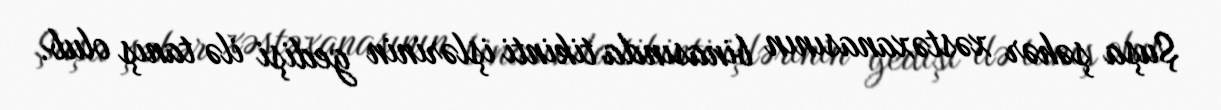
Şuşa şəhər xəstəxanasının binasında tikinti işlərinin gedişi ilə tanış olub.